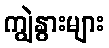
ကျွဲနွားများ